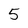
Character: 5